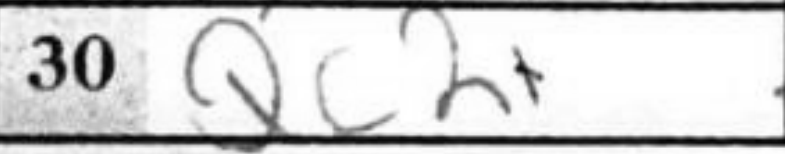
Transcription: Qc2+